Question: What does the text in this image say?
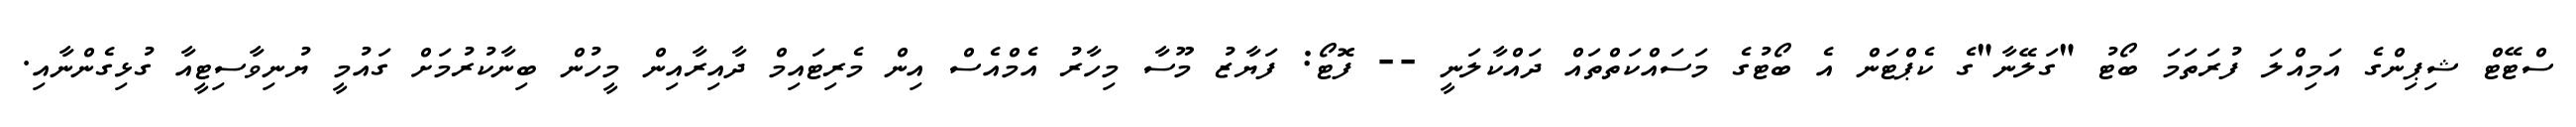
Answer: ސްޓޭޓް ޝިޕިންގެ އަމިއްލަ ފުރަތަމަ ބޯޓު "ގަލޭނާ"ގެ ކެޕްޓަން އެ ބޯޓުގެ މަސައްކަތްތައް ދައްކާލަނީ -- ފޮޓޯ: ފަޔާޒު މޫސާ މިހާރު އެމްއެސް އިން މެރިޓައިމް ދާއިރާއިން މީހުން ބިނާކުރުމަށް ގައުމީ ޔުނިވާސިޓީއާ ގުޅިގެންނާއި.